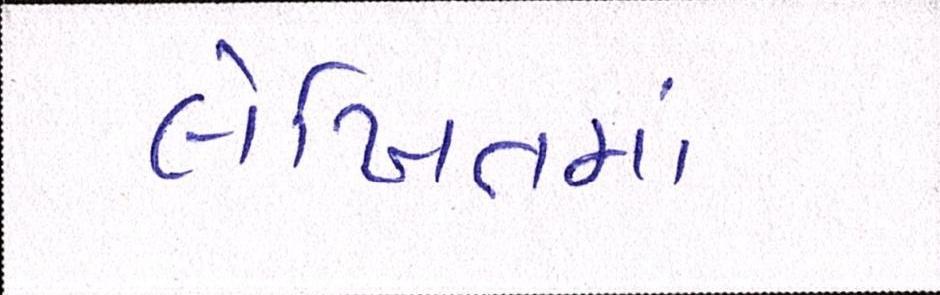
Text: લેખિતમાં